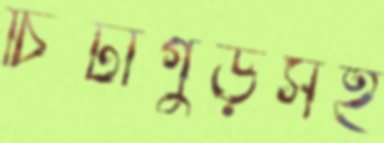
চিটাগুড়সহ